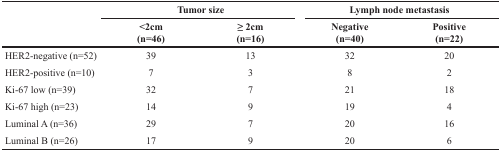
| <ROWSPAN=2>  | <COLSPAN=2> Tumor size | <COLSPAN=2> Lymph node metastasis |
 | <2cm (n=46) | ≥ 2cm (n=16) | Negative (n=40) | Positive (n=22) |
 | --- | --- | --- | --- | --- |
 | HER2-negative (n=52) | 39 | 13 | 32 | 20 |
 | HER2-positive (n=10) | 7 | 3 | 8 | 2 |
 | Ki-67 low (n=39) | 32 | 7 | 21 | 18 |
 | Ki-67 high (n=23) | 14 | 9 | 19 | 4 |
 | Luminal A (n=36) | 29 | 7 | 20 | 16 |
 | Luminal B (n=26) | 17 | 9 | 20 | 6 |